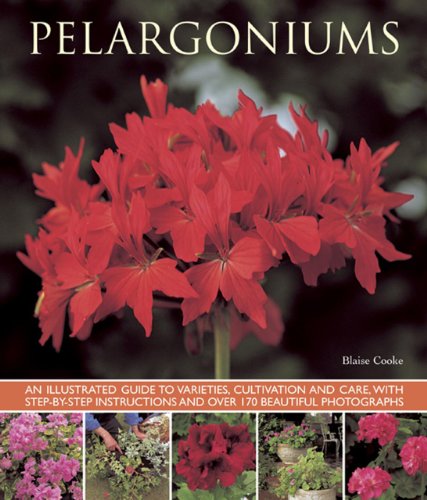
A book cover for Pelargoniums: An Illustrated Guide to Varieties, Cultivation and Care, With Step-by-Step Instructions and Over 170 Beautiful Photographs; Blaise Cooke; Crafts, Hobbies & Home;